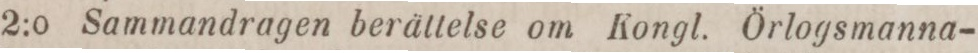
2:o Sammandragen berättelse om Kongl. Örlogsmanna-